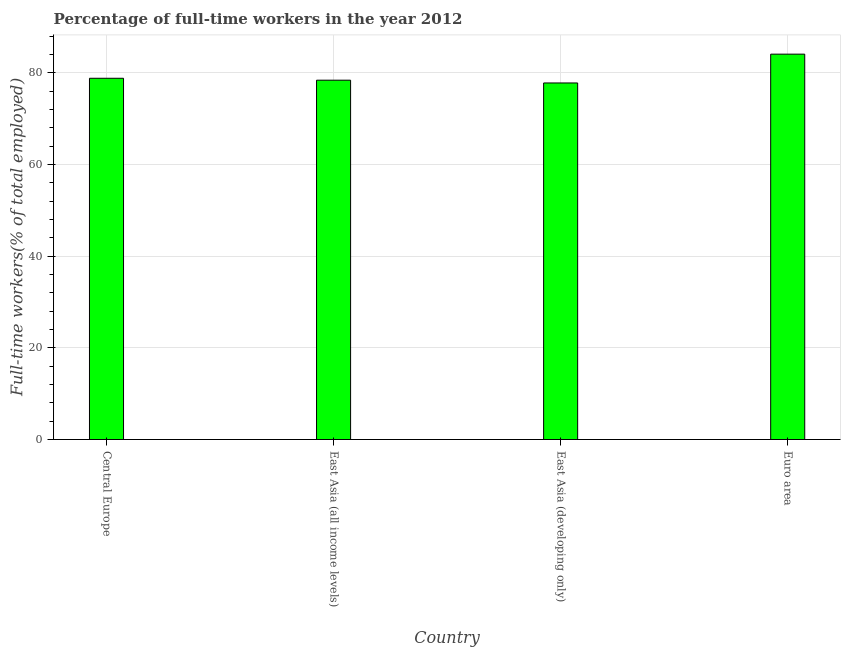
| Country | Wage and salaried workers |
 | --- | --- |
 | Central Europe | 78.8 |
 | East Asia (all income levels) | 78.4 |
 | East Asia (developing only) | 77.8 |
 | Euro area | 84.1 |